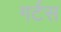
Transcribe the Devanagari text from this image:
गर्टस